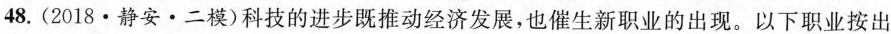
48.(2018·静安·二模)科技的进步既推动经济发展，也催生新职业的出现。以下职业按出